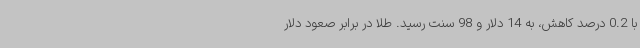
با 0.2 درصد کاهش، به 14 دلار و 98 سنت رسید. طلا در برابر صعود دلار